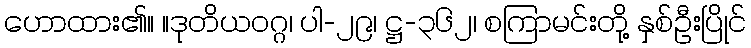
ဟောထား၏။ ။ဒုတိယဝဂ္ဂ၊ ပါ-၂၉၊ ဋ္ဌ-၃၆၂၊ စကြာမင်းတို့ နှစ်ဦးပြိုင်